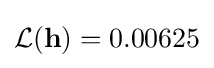
{\mathcal {L}}(\mathbf {h} )=0.00625